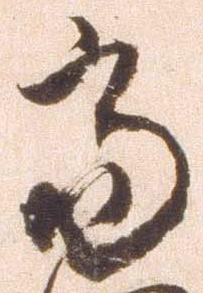
当